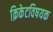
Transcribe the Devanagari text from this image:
क्रिकेटविषयक